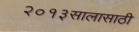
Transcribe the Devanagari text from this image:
२०१३सालासाठी